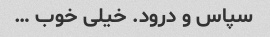
سپاس و درود. خیلی خوب …